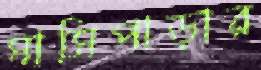
ঘাসিপাড়ার